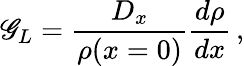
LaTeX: \mathscr{G}_{L}=\frac{{D_{x}}}{{\rho(x=0)}}\frac{{d\rho}}{{dx}}\, ,